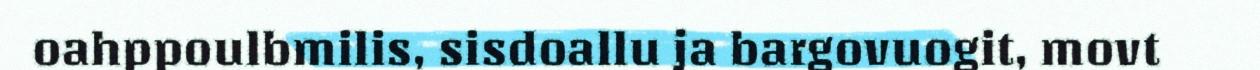
oahppoulbmilis, sisdoallu ja bargovuogit, movt